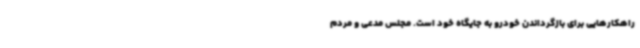
راهکارهایی برای بازگرداندن خودرو به جایگاه خود است. مجلس مدعی و مردم